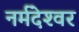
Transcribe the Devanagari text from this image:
नर्मदेश्‍वर